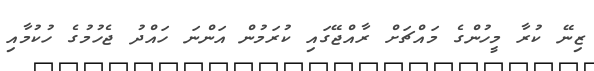
ޒިނޭ ކުރާ މީހުންގެ މައްޗަށް ރާއްޖޭގައި ކުރަމުން އަންނަ ހައްދު ޖެހުމުގެ ހުކުމާއި